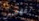
تفهمين